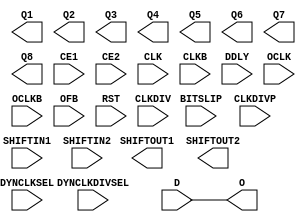
module ISERDESE2 (
  output wire O        ,
  output wire Q1,
  output wire Q2,
  output wire Q3,
  output wire Q4,
  output wire Q5,
  output wire Q6,
  output wire Q7,
  output wire Q8,
  output wire SHIFTOUT1,
  output wire SHIFTOUT2,
  input wire BITSLIP,
  input wire CE1,
  input wire CE2,
  input wire CLK,
  input wire CLKB,
  input wire CLKDIV,
  input wire CLKDIVP,
  input wire D,
  input wire DDLY,
  input wire DYNCLKDIVSEL,
  input wire DYNCLKSEL,
  input wire OCLK,
  input wire OCLKB,
  input wire OFB,
  input wire RST,
  input wire SHIFTIN1,
  input wire SHIFTIN2

);

  parameter DATA_RATE = "DDR";
  parameter integer DATA_WIDTH = 4;
  parameter DYN_CLKDIV_INV_EN = "FALSE";
  parameter DYN_CLK_INV_EN = "FALSE";
  parameter [0:0] INIT_Q1 = 1'b0;
  parameter [0:0] INIT_Q2 = 1'b0;
  parameter [0:0] INIT_Q3 = 1'b0;
  parameter [0:0] INIT_Q4 = 1'b0;
  parameter INTERFACE_TYPE = "MEMORY";
  parameter IOBDELAY = "NONE";
  parameter [0:0] IS_CLKB_INVERTED = 1'b0;
  parameter [0:0] IS_CLKDIVP_INVERTED = 1'b0;
  parameter [0:0] IS_CLKDIV_INVERTED = 1'b0;
  parameter [0:0] IS_CLK_INVERTED = 1'b0;
  parameter [0:0] IS_D_INVERTED = 1'b0;
  parameter [0:0] IS_OCLKB_INVERTED = 1'b0;
  parameter [0:0] IS_OCLK_INVERTED = 1'b0;

  `ifdef XIL_TIMING //Simprim
  parameter LOC = "UNPLACED";
  `endif
  parameter integer NUM_CE = 2;
  parameter OFB_USED = "FALSE";
  parameter SERDES_MODE = "MASTER";
  parameter [0:0] SRVAL_Q1 = 1'b0;
  parameter [0:0] SRVAL_Q2 = 1'b0;
  parameter [0:0] SRVAL_Q3 = 1'b0;
  parameter [0:0] SRVAL_Q4 = 1'b0;
  
  localparam in_delay = 0;
  localparam out_delay = 0;
  localparam INCLK_DELAY = 0;
  localparam OUTCLK_DELAY = 0;

  
  //tri0  GSR = glbl.GSR;

  reg INTERFACE_TYPE_BINARY;
  reg IOBDELAY_BINARY;
  reg [0:0] DATA_RATE_BINARY;
  reg [0:0] DYN_CLKDIV_INV_EN_BINARY;
  reg [0:0] DYN_CLK_INV_EN_BINARY;
  reg [0:0] INIT_Q1_BINARY;
  reg [0:0] INIT_Q2_BINARY;
  reg [0:0] INIT_Q3_BINARY;
  reg [0:0] INIT_Q4_BINARY;
  reg [0:0] NUM_CE_BINARY;
  reg [0:0] SERDES_MODE_BINARY;
  reg [1:0] OFB_USED_BINARY;
  reg [3:0] DATA_WIDTH_BINARY;

  reg data_in = 0;
  reg o_out_pre_fb = 0, o_delay_pre_fb = 0;
  reg o_out = 0;

  reg notifier;

  wire O_OUT;
  wire Q1_OUT;
  wire Q2_OUT;
  wire Q3_OUT;
  wire Q4_OUT;
  wire Q5_OUT;
  wire Q6_OUT;
  wire Q7_OUT;
  wire Q8_OUT;
  wire SHIFTOUT1_OUT;
  wire SHIFTOUT2_OUT;

  wire BITSLIP_IN;
  wire CE1_IN;
  wire CE2_IN;
  wire CLKB_IN;
  wire CLKDIVP_IN;
  wire CLKDIV_IN;
  wire CLK_IN;
  wire DDLY_IN;
  wire DYNCLKDIVSEL_IN;
  wire DYNCLKSEL_IN;
  wire D_IN;
  wire OCLKB_IN;
  wire OCLK_IN;
  wire OFB_IN;
  wire RST_IN;
  wire SHIFTIN1_IN;
  wire SHIFTIN2_IN;

  wire BITSLIP_INDELAY;
  wire CE1_INDELAY;
  wire CE2_INDELAY;
  wire CLKB_INDELAY;
  wire CLKDIVP_INDELAY;
  wire CLKDIV_INDELAY;
  wire CLK_INDELAY;
  wire DDLY_INDELAY;
  wire DYNCLKDIVSEL_INDELAY;
  wire DYNCLKSEL_INDELAY;
  wire D_INDELAY;
  wire OCLKB_INDELAY;
  wire OCLK_INDELAY;
  wire OFB_INDELAY;
  wire RST_INDELAY;
  wire SHIFTIN1_INDELAY;
  wire SHIFTIN2_INDELAY;

//---------------------------------------
  buf B_O (O, O_OUT);
  buf B_Q1 (Q1, Q1_OUT);
  buf B_Q2 (Q2, Q2_OUT);
  buf B_Q3 (Q3, Q3_OUT);
  buf B_Q4 (Q4, Q4_OUT);
  buf B_Q5 (Q5, Q5_OUT);
  buf B_Q6 (Q6, Q6_OUT);
  buf B_Q7 (Q7, Q7_OUT);
  buf B_Q8 (Q8, Q8_OUT);
  buf B_SHIFTOUT1 (SHIFTOUT1, SHIFTOUT1_OUT);
  buf B_SHIFTOUT2 (SHIFTOUT2, SHIFTOUT2_OUT);

  buf B_BITSLIP (BITSLIP_IN, BITSLIP);
  buf B_CE1 (CE1_IN, CE1);
  buf B_CE2 (CE2_IN, CE2);
  buf B_CLK (CLK_IN, CLK);
  buf B_CLKB (CLKB_IN, CLKB);
  buf B_CLKDIV (CLKDIV_IN, CLKDIV);
  buf B_CLKDIVP (CLKDIVP_IN, CLKDIVP);
  buf B_D (D_IN, D);
  buf B_DDLY (DDLY_IN, DDLY);
  buf B_DYNCLKDIVSEL (DYNCLKDIVSEL_IN, DYNCLKDIVSEL);
  buf B_DYNCLKSEL (DYNCLKSEL_IN, DYNCLKSEL);
  buf B_OCLK (OCLK_IN, OCLK);
  buf B_OCLKB (OCLKB_IN, OCLKB);
  buf B_OFB (OFB_IN, OFB);
  buf B_RST (RST_IN, RST);
  buf B_SHIFTIN1 (SHIFTIN1_IN, SHIFTIN1);
  buf B_SHIFTIN2 (SHIFTIN2_IN, SHIFTIN2);

  wire delay_O;
  wire delay_Q1;
  wire delay_Q2;
  wire delay_Q3;
  wire delay_Q4;
  wire delay_Q5;
  wire delay_Q6;
  wire delay_Q7;
  wire delay_Q8;
  wire delay_SHIFTOUT1;
  wire delay_SHIFTOUT2;

  wire delay_BITSLIP,BITSLIP_in;
  wire delay_CE1,CE1_in;
  wire delay_CE2,CE2_in;
  wire delay_CLK,CLK_inv,CLK_in;
  wire delay_CLKB,CLKB_inv,CLKB_in;
  wire delay_CLKDIV,CLKDIV_inv,CLKDIV_in;
  wire delay_CLKDIVP,CLKDIVP_inv,CLKDIVP_in;
  wire delay_D,D_inv,D_in;
  wire delay_DDLY,DDLY_in;
  wire delay_DYNCLKDIVSEL,DYNCLKDIVSEL_in;
  wire delay_DYNCLKSEL,DYNCLKSEL_in;
  wire delay_OCLK,OCLK_inv,OCLK_in;
  wire delay_OCLKB,OCLKB_inv,OCLKB_in;
  wire delay_OFB,OFB_in;
  wire delay_RST,RST_in;
  wire delay_SHIFTIN1,SHIFTIN1_in;
  wire delay_SHIFTIN2,SHIFTIN2_in;

  assign #(out_delay) O_OUT = o_out;
  assign #(out_delay) Q1_OUT = delay_Q1;
  assign #(out_delay) Q2_OUT = delay_Q2;
  assign #(out_delay) Q3_OUT = delay_Q3;
  assign #(out_delay) Q4_OUT = delay_Q4;
  assign #(out_delay) Q5_OUT = delay_Q5;
  assign #(out_delay) Q6_OUT = delay_Q6;
  assign #(out_delay) Q7_OUT = delay_Q7;
  assign #(out_delay) Q8_OUT = delay_Q8;
  assign #(out_delay) SHIFTOUT1_OUT = delay_SHIFTOUT1;
  assign #(out_delay) SHIFTOUT2_OUT = delay_SHIFTOUT2;

`ifndef XIL_TIMING // unisim
  assign #(in_delay) delay_BITSLIP = BITSLIP;
  assign #(in_delay) delay_CE1 = CE1;
  assign #(in_delay) delay_CE2 = CE2;
  assign #(INCLK_DELAY) delay_CLK = CLK;
  assign #(INCLK_DELAY) delay_CLKB = CLKB;
  assign #(INCLK_DELAY) delay_CLKDIV = CLKDIV;
  assign #(INCLK_DELAY) delay_CLKDIVP = CLKDIVP;
  assign #(in_delay) delay_D = D;
  assign #(in_delay) delay_DDLY = DDLY;
  assign #(in_delay) delay_DYNCLKDIVSEL = DYNCLKDIVSEL;
  assign #(in_delay) delay_DYNCLKSEL = DYNCLKSEL;
  assign #(INCLK_DELAY) delay_OCLK = OCLK;
  assign #(INCLK_DELAY) delay_OCLKB = OCLKB;
  assign #(in_delay) delay_OFB = OFB;
  assign #(in_delay) delay_RST = RST;
  assign #(in_delay) delay_SHIFTIN1 = SHIFTIN1;
  assign #(in_delay) delay_SHIFTIN2 = SHIFTIN2;
`endif //  `ifndef XIL_TIMING

`ifdef XIL_TIMING //Simprim
  assign delay_DYNCLKDIVSEL = DYNCLKDIVSEL;
  assign delay_DYNCLKSEL = DYNCLKSEL;
  assign delay_OCLK = OCLK;
  assign delay_OCLKB = OCLKB;
  assign delay_SHIFTIN1 = SHIFTIN1;
  assign delay_SHIFTIN2 = SHIFTIN2;
`endif

//`ifdef XIL_TIMING //Simprim
  assign BITSLIP_in = delay_BITSLIP;
  assign CE1_in = delay_CE1;
  assign CE2_in = delay_CE2;
  assign DDLY_in = delay_DDLY;
  assign DYNCLKDIVSEL_in = delay_DYNCLKDIVSEL;
  assign DYNCLKSEL_in = delay_DYNCLKSEL;
  assign OFB_in = delay_OFB;
  assign RST_in = delay_RST;
  assign SHIFTIN1_in = delay_SHIFTIN1;
  assign SHIFTIN2_in = delay_SHIFTIN2;
//`endif
  assign CLK_in = IS_CLK_INVERTED ^ delay_CLK;
  assign CLKB_in = IS_CLKB_INVERTED ^ delay_CLKB;
  assign CLKDIV_in = IS_CLKDIV_INVERTED ^ delay_CLKDIV;
  assign CLKDIVP_in = IS_CLKDIVP_INVERTED ^ delay_CLKDIVP;
  assign D_in = IS_D_INVERTED ^ delay_D;
  assign OCLK_in = IS_OCLK_INVERTED ^ delay_OCLK;
  assign OCLKB_in = IS_OCLKB_INVERTED ^ delay_OCLKB;

  assign #(INCLK_DELAY) CLKB_INDELAY = CLKB_IN;
  assign #(INCLK_DELAY) CLKDIVP_INDELAY = CLKDIVP_IN;
  assign #(INCLK_DELAY) CLKDIV_INDELAY = CLKDIV_IN;
  assign #(INCLK_DELAY) CLK_INDELAY = CLK_IN;
  assign #(INCLK_DELAY) OCLKB_INDELAY = OCLKB_IN;
  assign #(INCLK_DELAY) OCLK_INDELAY = OCLK_IN;

  assign #(in_delay) BITSLIP_INDELAY = BITSLIP_IN;
  assign #(in_delay) CE1_INDELAY = CE1_IN;
  assign #(in_delay) CE2_INDELAY = CE2_IN;
  assign #(in_delay) DDLY_INDELAY = DDLY_IN;
  assign #(in_delay) DYNCLKDIVSEL_INDELAY = DYNCLKDIVSEL_IN;
  assign #(in_delay) DYNCLKSEL_INDELAY = DYNCLKSEL_IN;
  assign #(in_delay) D_INDELAY = D_IN;
  assign #(in_delay) OFB_INDELAY = OFB_IN;
  assign #(in_delay) RST_INDELAY = RST_IN;
  assign #(in_delay) SHIFTIN1_INDELAY = SHIFTIN1_IN;
  assign #(in_delay) SHIFTIN2_INDELAY = SHIFTIN2_IN;
  assign delay_DYNCLKDIVSEL = DYNCLKDIVSEL_INDELAY;
  assign delay_DYNCLKSEL = DYNCLKSEL_INDELAY;
//  assign delay_OCLK = OCLK_INDELAY;
//  assign delay_OCLKB = OCLKB_INDELAY;
//  assign delay_RST = RST_INDELAY;
//  assign delay_SHIFTIN1 = SHIFTIN1_INDELAY;
//  assign delay_SHIFTIN2 = SHIFTIN2_INDELAY;

//----------------------------------------------------------
//------------------------- TASKS --------------------------
//----------------------------------------------------------
    task INTERFACE_TYPE_msg;
         begin
            $display("DRC  Warning : The combination of INTERFACE_TYPE, DATA_RATE and DATA_WIDTH values on instance %m is not recommended.\n");
            $display("The current settings are : INTERFACE_TYPE = %s, DATA_RATE = %s and DATA_WIDTH = %d\n", INTERFACE_TYPE, DATA_RATE, DATA_WIDTH);
            $display("The recommended combinations of values are :\n");
            $display("NETWORKING SDR 2, 3, 4, 5, 6, 7, 8\n");
            $display("NETWORKING DDR 4, 6, 8, 10, 14\n");
            $display("MEMORY DDR 4\n");
         end
    endtask // INTERFACE_TYPE_msg

    task OVERSAMPLE_DDR_SDR_msg;
         begin
            $display("DRC  Warning : The combination of INTERFACE_TYPE, DATA_RATE and DATA_WIDTH values on instance %m is not recommended.\n");
            $display("The current settings are : INTERFACE_TYPE = %s, DATA_RATE = %s and DATA_WIDTH = %d\n", INTERFACE_TYPE, DATA_RATE, DATA_WIDTH);
            $display("The recommended combinations of values are :\n");
            $display("OVERSAMPLE SDR 4\n");
            $display("OVERSAMPLE DDR 4\n");
         end
    endtask // OVERSAMPLE_DDR_SDR_msg

//----------------------------------------------------------
//------------------ Parameter Checks ----------------------
//----------------------------------------------------------
    initial begin
//-------------------------------------------------
//----- DATA_RATE check
//-------------------------------------------------
        case (DATA_RATE)
            "SDR", "DDR" :;
            default : begin
                          $display("Attribute Syntax Error : The attribute DATA_RATE on ISERDESE2 instance %m is set to %s.  Legal values for this attribute are SDR or DDR", DATA_RATE);
                          #1 $finish;
                      end
        endcase // case(DATA_RATE)

//-------------------------------------------------
//----- DATA_WIDTH check
//-------------------------------------------------
        case (DATA_WIDTH)

            2, 3, 4, 5, 6, 7, 8, 10, 14 :;
            default : begin
                          $display("Attribute Syntax Error : The attribute DATA_WIDTH on ISERDESE2 instance %m is set to %d.  Legal values for this attribute are 2, 3, 4, 5, 6, 7, 8, 10 or 14", DATA_WIDTH);
                          #1 $finish;
                      end
        endcase // case(DATA_WIDTH)


//-------------------------------------------------
//----- DYN_CLKDIV_INV_EN check
//-------------------------------------------------
        case (DYN_CLKDIV_INV_EN)

            "TRUE", "FALSE" :;
            default : begin
                          $display("Attribute Syntax Error : The attribute DYN_CLKDIV_INV_EN on ISERDESE2 instance %m is set to %s.  Legal values for this attribute are FALSE or TRUE", DYN_CLKDIV_INV_EN);
                          #1 $finish;
                      end

        endcase // case(DYN_CLKDIV_INV_EN)

//-------------------------------------------------
//----- DYN_CLK_INV_EN check
//-------------------------------------------------
        case (DYN_CLK_INV_EN)

            "TRUE", "FALSE" :;
            default : begin
                          $display("Attribute Syntax Error : The attribute DYN_CLK_INV_EN on ISERDESE2 instance %m is set to %s.  Legal values for this attribute are FALSE or TRUE", DYN_CLK_INV_EN);
                          #1 $finish;
                      end

        endcase // case(DYN_CLK_INV_EN)

//-------------------------------------------------
//----- IOBDELAY check
//-------------------------------------------------
        case (IOBDELAY)
            "NONE", "IBUF", "IFD", "BOTH" :;
            default : begin
                          $display("Attribute Syntax Error : The attribute IOBDELAY on ISERDESE2 instance %m is set to %s.  Legal values for this attribute are NONE, IBUF, IFD or BOTH", IOBDELAY);
                          #1 $finish;
                      end
        endcase // case(IOBDELAY)

//-------------------------------------------------
//----- OFB_USED check
//-------------------------------------------------
        case (OFB_USED)

            "TRUE", "FALSE" :;
            default : begin
                          $display("Attribute Syntax Error : The attribute OFB_USED on ISERDESE2 instance %m is set to %s.  Legal values for this attribute are FALSE or TRUE", OFB_USED);
                          #1 $finish;
                      end

        endcase // case(OFB_USED)
//-------------------------------------------------
//----- NUM_CE check
//-------------------------------------------------
        case (NUM_CE)

            1, 2 :;
            default : begin
                          $display("Attribute Syntax Error : The attribute NUM_CE on ISERDESE2 instance %m is set to %d.  Legal values for this attribute are 1 or 2", NUM_CE);
                          #1 $finish;
                      end

        endcase // case(NUM_CE)


//-------------------------------------------------
//----- INTERFACE_TYPE check
//-------------------------------------------------
        case (INTERFACE_TYPE)
               "MEMORY" : begin
                        case(DATA_RATE)
                             "DDR" :
                                   case(DATA_WIDTH)
                                       4 : ;
                                       default :   INTERFACE_TYPE_msg;
                                   endcase // DATA_WIDTH
                             default :  INTERFACE_TYPE_msg;
                        endcase // DATA_RATE
               end
               "NETWORKING" : begin
                        case(DATA_RATE)
                             "SDR" :
                                   case(DATA_WIDTH)
                                       2, 3, 4, 5, 6, 7, 8 : ;
                                       default :  INTERFACE_TYPE_msg;
                                   endcase // DATA_WIDTH
                             "DDR" :
                                   case(DATA_WIDTH)
                                       4, 6, 8, 10, 14 : ;
                                       default :   INTERFACE_TYPE_msg;
                                   endcase // DATA_WIDTH
                             default :  ;
                        endcase // DATA_RATE
               end  
               "MEMORY_DDR3" :;
               "MEMORY_QDR" :;
               "OVERSAMPLE" : begin
                        case(DATA_RATE)
                             "SDR" : 
			           case(DATA_WIDTH)
                                       4 : ;
                                       default :   OVERSAMPLE_DDR_SDR_msg;
                                   endcase // DATA_WIDTH
                             "DDR" :
                                   case(DATA_WIDTH)
                                       4 : ;
                                       default :   OVERSAMPLE_DDR_SDR_msg;
                                   endcase // DATA_WIDTH
                             default :  ;
                        endcase // DATA_RATE
               end

               default : begin
                          $display("Attribute Syntax Error : The attribute INTERFACE_TYPE on ISERDESE2 instance %m is set to %s.  Legal values for this attribute are MEMORY, NETWORKING, MEMORY_QDR, MEMORY_DDR3 or OVERSAMPLE", INTERFACE_TYPE);
                          #1 $finish;
                         end
        endcase // INTERFACE_TYPE

//-------------------------------------------------
//----- SERDES_MODE check
//-------------------------------------------------
        case (SERDES_MODE)
                "MASTER", "SLAVE" :;
                default  : begin
                          $display("Attribute Syntax Error : The attribute SERDES_MODE on ISERDESE2 instance %m is set to %s.  Legal values for this attribute are MASTER or SLAVE", SERDES_MODE);
                          #1 $finish;
                          end
         endcase // case(SERDES_MODE)

    end  // initial begin



// CR 574021
//-------------------------------------------------
//   Input to ISERDES
//-------------------------------------------------

    always @(D_in or DDLY_in) begin

        case (IOBDELAY)

            "NONE" : begin
                         o_out_pre_fb   <= D_in;
                         o_delay_pre_fb <= D_in;

                     end
            "IBUF" : begin
                         o_out_pre_fb   <= DDLY_in;
                         o_delay_pre_fb <= D_in;
                     end
            "IFD"  : begin
                         o_out_pre_fb   <= D_in;
                         o_delay_pre_fb <= DDLY_in;
                     end
            "BOTH" : begin
                         o_out_pre_fb   <= DDLY_in;
                         o_delay_pre_fb <= DDLY_in;
                     end
            default : begin
                          $display("Attribute Syntax Error : The attribute IOBDELAY on ISERDESE2 instance %m is set to %s.  Legal values for this attribute are NONE, IBUF, IFD or BOTH", IOBDELAY);
                          $finish;
                      end

        endcase // case(IOBDELAY)

    end // always @ (D_in or DDLY_in)

    generate
      case (OFB_USED)
         "TRUE"  : always @(OFB_in)
                      begin
                         o_out   <= OFB_in;
                         data_in <= OFB_in;
                       end
         "FALSE" : begin
                      always @(o_out_pre_fb)    o_out   <= o_out_pre_fb;
                      always @(o_delay_pre_fb)  data_in <= o_delay_pre_fb;
                   end
      endcase
    endgenerate

//----------------------------------------------------------
//----------------------------------------------------------
//----------------------------------------------------------
 // B_ISERDESE2 #(
 //   .DATA_RATE (DATA_RATE),
 //   .DATA_WIDTH (DATA_WIDTH),
 //   .DYN_CLKDIV_INV_EN (DYN_CLKDIV_INV_EN),
 //   .DYN_CLK_INV_EN (DYN_CLK_INV_EN),
 //   .INIT_Q1 (INIT_Q1),
 //   .INIT_Q2 (INIT_Q2),
 //   .INIT_Q3 (INIT_Q3),
 //   .INIT_Q4 (INIT_Q4),
 //   .INTERFACE_TYPE (INTERFACE_TYPE),
 //   .IOBDELAY (IOBDELAY),
 //   .NUM_CE (NUM_CE),
 //   .OFB_USED (OFB_USED),
 //   .SERDES_MODE (SERDES_MODE),
 //   .SRVAL_Q1 (SRVAL_Q1),
 //   .SRVAL_Q2 (SRVAL_Q2),
 //   .SRVAL_Q3 (SRVAL_Q3),
 //   .SRVAL_Q4 (SRVAL_Q4));

//    B_ISERDESE2_INST (
//    .O (delay_O),
//    .Q1 (delay_Q1),
//    .Q2 (delay_Q2),
//    .Q3 (delay_Q3),
//    .Q4 (delay_Q4),
//    .Q5 (delay_Q5),
//    .Q6 (delay_Q6),
//    .Q7 (delay_Q7),
//    .Q8 (delay_Q8),
//    .SHIFTOUT1 (delay_SHIFTOUT1),
//    .SHIFTOUT2 (delay_SHIFTOUT2),
//    .BITSLIP (BITSLIP_in),
//    .CE1 (CE1_in),
//    .CE2 (CE2_in),
//    .CLK (CLK_in),
//    .CLKB (CLKB_in),
//    .CLKDIV (CLKDIV_in),
//    .CLKDIVP (CLKDIVP_in),
//    .D (data_in),
//    .DDLY (DDLY_in),
//    .DYNCLKDIVSEL (DYNCLKDIVSEL_in),
//    .DYNCLKSEL (DYNCLKSEL_in),
//    .OCLK (OCLK_in),
//    .OCLKB (OCLKB_in),
//    .OFB (OFB_in),
//    .RST (RST_in),
//    .SHIFTIN1 (SHIFTIN1_in),
//    .SHIFTIN2 (SHIFTIN2_in)
//    //.GSR(GSR)
//  );

`ifdef XIL_TIMING
   wire clk_en_n;
   wire clk_en_p;
   wire clkb_en_n;
   wire clkb_en_p;
   wire clkdiv_en_p;
   wire clkdiv_en_n;
   wire clkdivp_en_n;
   wire clkdivp_en_p;
   assign clk_en_n = IS_CLK_INVERTED;
   assign clk_en_p = ~IS_CLK_INVERTED;
   assign clkb_en_n = IS_CLKB_INVERTED;
   assign clkb_en_p = ~IS_CLKB_INVERTED;
   assign clkdiv_en_n = IS_CLKDIV_INVERTED;
   assign clkdiv_en_p = ~IS_CLKDIV_INVERTED;
   assign clkdivp_en_n = IS_CLKDIVP_INVERTED;
   assign clkdivp_en_p = ~IS_CLKDIVP_INVERTED;

`endif

endmodule